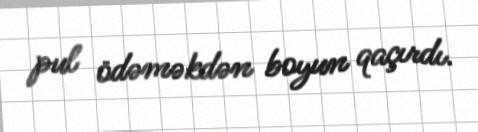
pul ödəməkdən boyun qaçırdı.